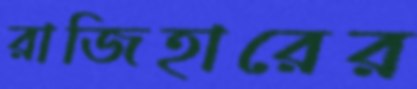
রাজিহারের